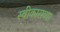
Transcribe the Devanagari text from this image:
स्वीकाराव्या